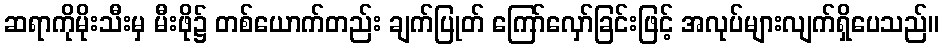
ဆရာကိုမိုးသီးမှ မီးဖို၌ တစ်ယောက်တည်း ချက်ပြုတ် ကြော်လှော်ခြင်းဖြင့် အလုပ်များလျက်ရှိပေသည်။